Annual report on the lock hospitals of the Madras Presidency
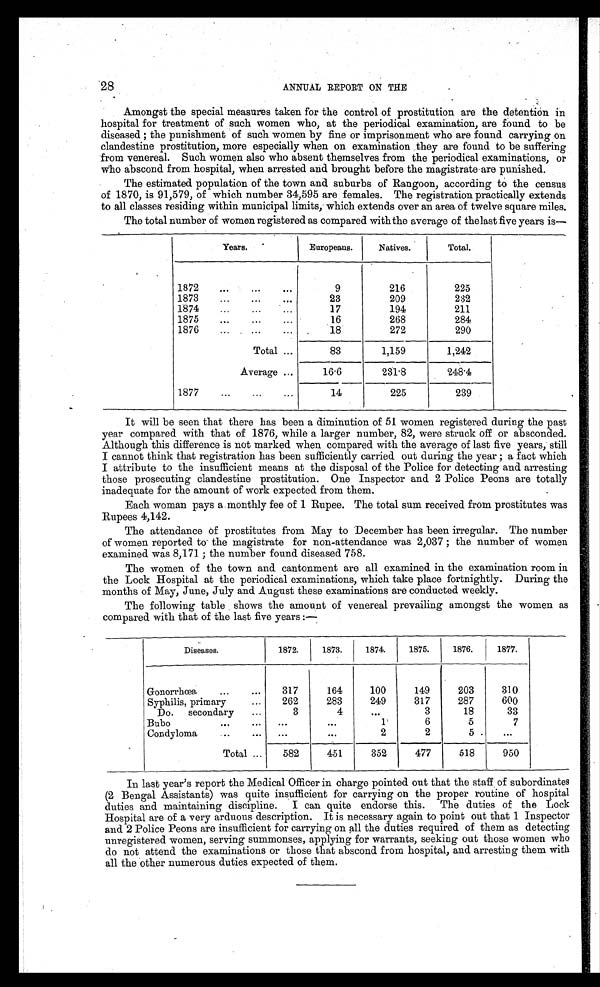
28
ANNUAL REPORT ON THE
Amongst the special measures taken for the control of prostitution are the detention in
hospital for treatment of such women who, at the periodical examination, are found to be
diseased ; the punishment of such women by fine or imprisonment who are found carrying on
clandestine prostitution, more especially when on examination they are found to be suffering
from venereal. Such women also who absent themselves from the periodical examinations, or
who abscond from hospital, when arrested and brought before the magistrate are punished.
The estimated population of the town and suburbs of Rangoon, according to the census
of 1870, is 91,579, of which number 34,595 are females. The registration practically extends
to all classes residing within municipal limits, which extends over an area of twelve square miles.
The total number of women registered as compared with the average of the last five years is—
Years.
Europeans.
Natives.
Total.
1872
...
...
...
9
216
225
1873
...
...
...
23
209
232
..
1874. .
17
194
211
1875
...
...
...
16
268
284
1876
...
...
...
18
272
290
Total ...
83
1,159
1,242
Average...
16.6
231.8
248.4
1877
...
...
...
14
225
239
It will be seen that there has been a diminution of 51 women registered during the past
year compared with that of 1876, while a larger number, 82, were struck off or absconded.
Although this difference is not marked when compared with the average of last five years, still
I cannot think that registration has been sufficiently carried out during the year ; a fact which
I attribute to the insufficient means at the disposal of the Police for detecting and arresting
those prosecuting clandestine prostitution. One Inspector and 2 Police Peons are totally
inadequate for the amount of work expected from them.
Each woman pays a monthly fee of 1 Rupee. The total sum received from prostitutes was
Rupees 4,142.
The attendance of prostitutes from May to December has been irregular. The number
of women reported to the magistrate for non-attendance was 2,037 ; the number of women
examined was 8,171 ; the number found diseased 758.
The women of the town and cantonment are all examined in the examination room in
the Lock Hospital at the periodical examinations, which take place fortnightly. During the
months of May, June, July and August these examinations are conducted weekly.
The following table shows the amount of venereal prevailing amongst the women as
compared with that of the last five years :—
Diseases.
1872.
1873.
1874.
1875.
1876.
1877.
Gonorrhœa
...
...
317
164
100
149
203
310
Syphilis, primary
...
262
283
249
317
287
600
Do. secondary
...
3
4
. . .
3
18
33
Bubo
...
...
. . .
. . .
1
6
5
7
Condyloma
..
...
...
. . .
2
2
5
. . .
Total ...
582
451
352
477
518
950
In last year's report the Medical Officer in charge pointed out that the staff of subordinates
(2 Bengal Assistants) was quite insufficient for carrying on the proper routine of hospital
duties and maintaining discipline. I can quite endorse this. The duties of the Lock
Hospital are of a very arduous description. It is necessary again to point out that 1 Inspector
and 2 Police Peons are insufficient for carrying on all the duties required of them as detecting
unregistered women, serving summonses, applying for warrants, seeking out those women who
do not attend the examinations or those that abscond from hospitals, and arresting them with
all the other numerous duties expected of them.